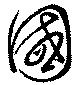
國